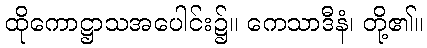
ထိုကောဋ္ဌာသအပေါင်း၌။ ကေသာဒီနံ၊ တို့၏။